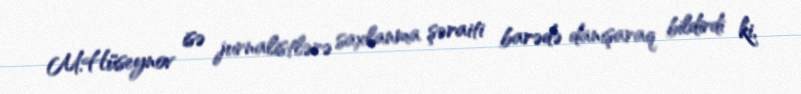
M.Hüseynov isə jurnalistlərə saxlanma şəraiti barədə danışaraq bildirdi ki,